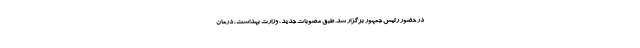
در حضور رئیس جمهور برگزار شد. طبق مصوبات جدید، وزارت بهداشت، درمان